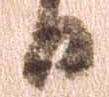
日